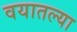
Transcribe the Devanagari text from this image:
वयातल्या